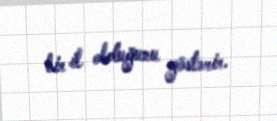
bir il olduğunu göstərir.